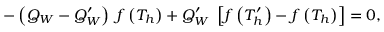
- \left( Q _ { W } - Q _ { W } ^ { \prime } \right) \; f \left( T _ { h } \right) + Q _ { W } ^ { \prime } \; \left[ f \left( T _ { h } ^ { \prime } \right) - f \left( T _ { h } \right) \right] = 0 ,